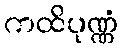
ကထိပုဏ္ဏံ